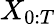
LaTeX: X_{0:T}